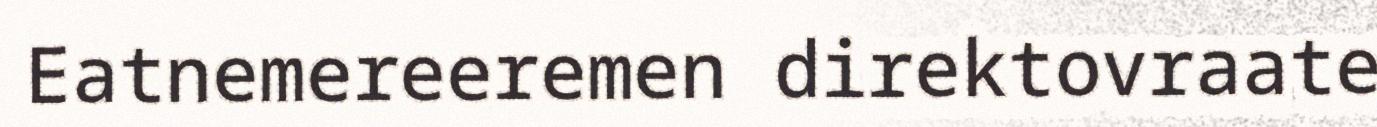
Eatnemereeremen direktovraate